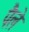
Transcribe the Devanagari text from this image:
पैले